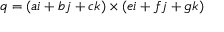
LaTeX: q = ( a i + b j + c k ) \times ( e i + f j + g k )